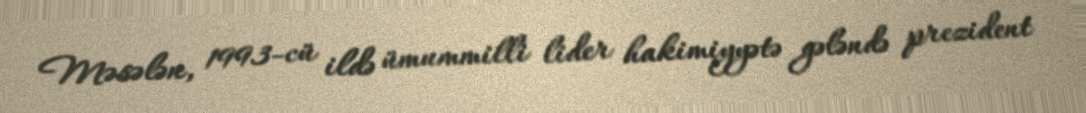
Məsələn, 1993-cü ildə ümummilli lider hakimiyyətə gələndə prezident